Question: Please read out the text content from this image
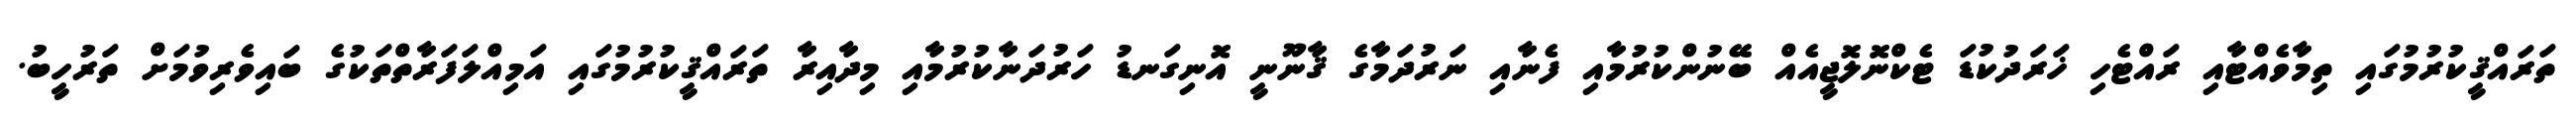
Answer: ތަރައްޤީކުރުމުގައި ތިމާވެއްޓާއި ރައްޓެހި ޚަރަދުކުޑަ ޓެކްނޮލޮޖީއެއް ބޭނުންކުރުމާއި ފެނާއި ނަރުދަމާގެ ޤާނޫނީ އޮނިގަނޑު ހަރުދަނާކުރުމާއި މިދާއިރާ ތަރައްޤީކުރުމުގައި އަމިއްލަފަރާތްތަކުގެ ބައިވެރިވުމަށް ތަރުހީބު.